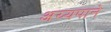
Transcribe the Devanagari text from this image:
अय्यपाने